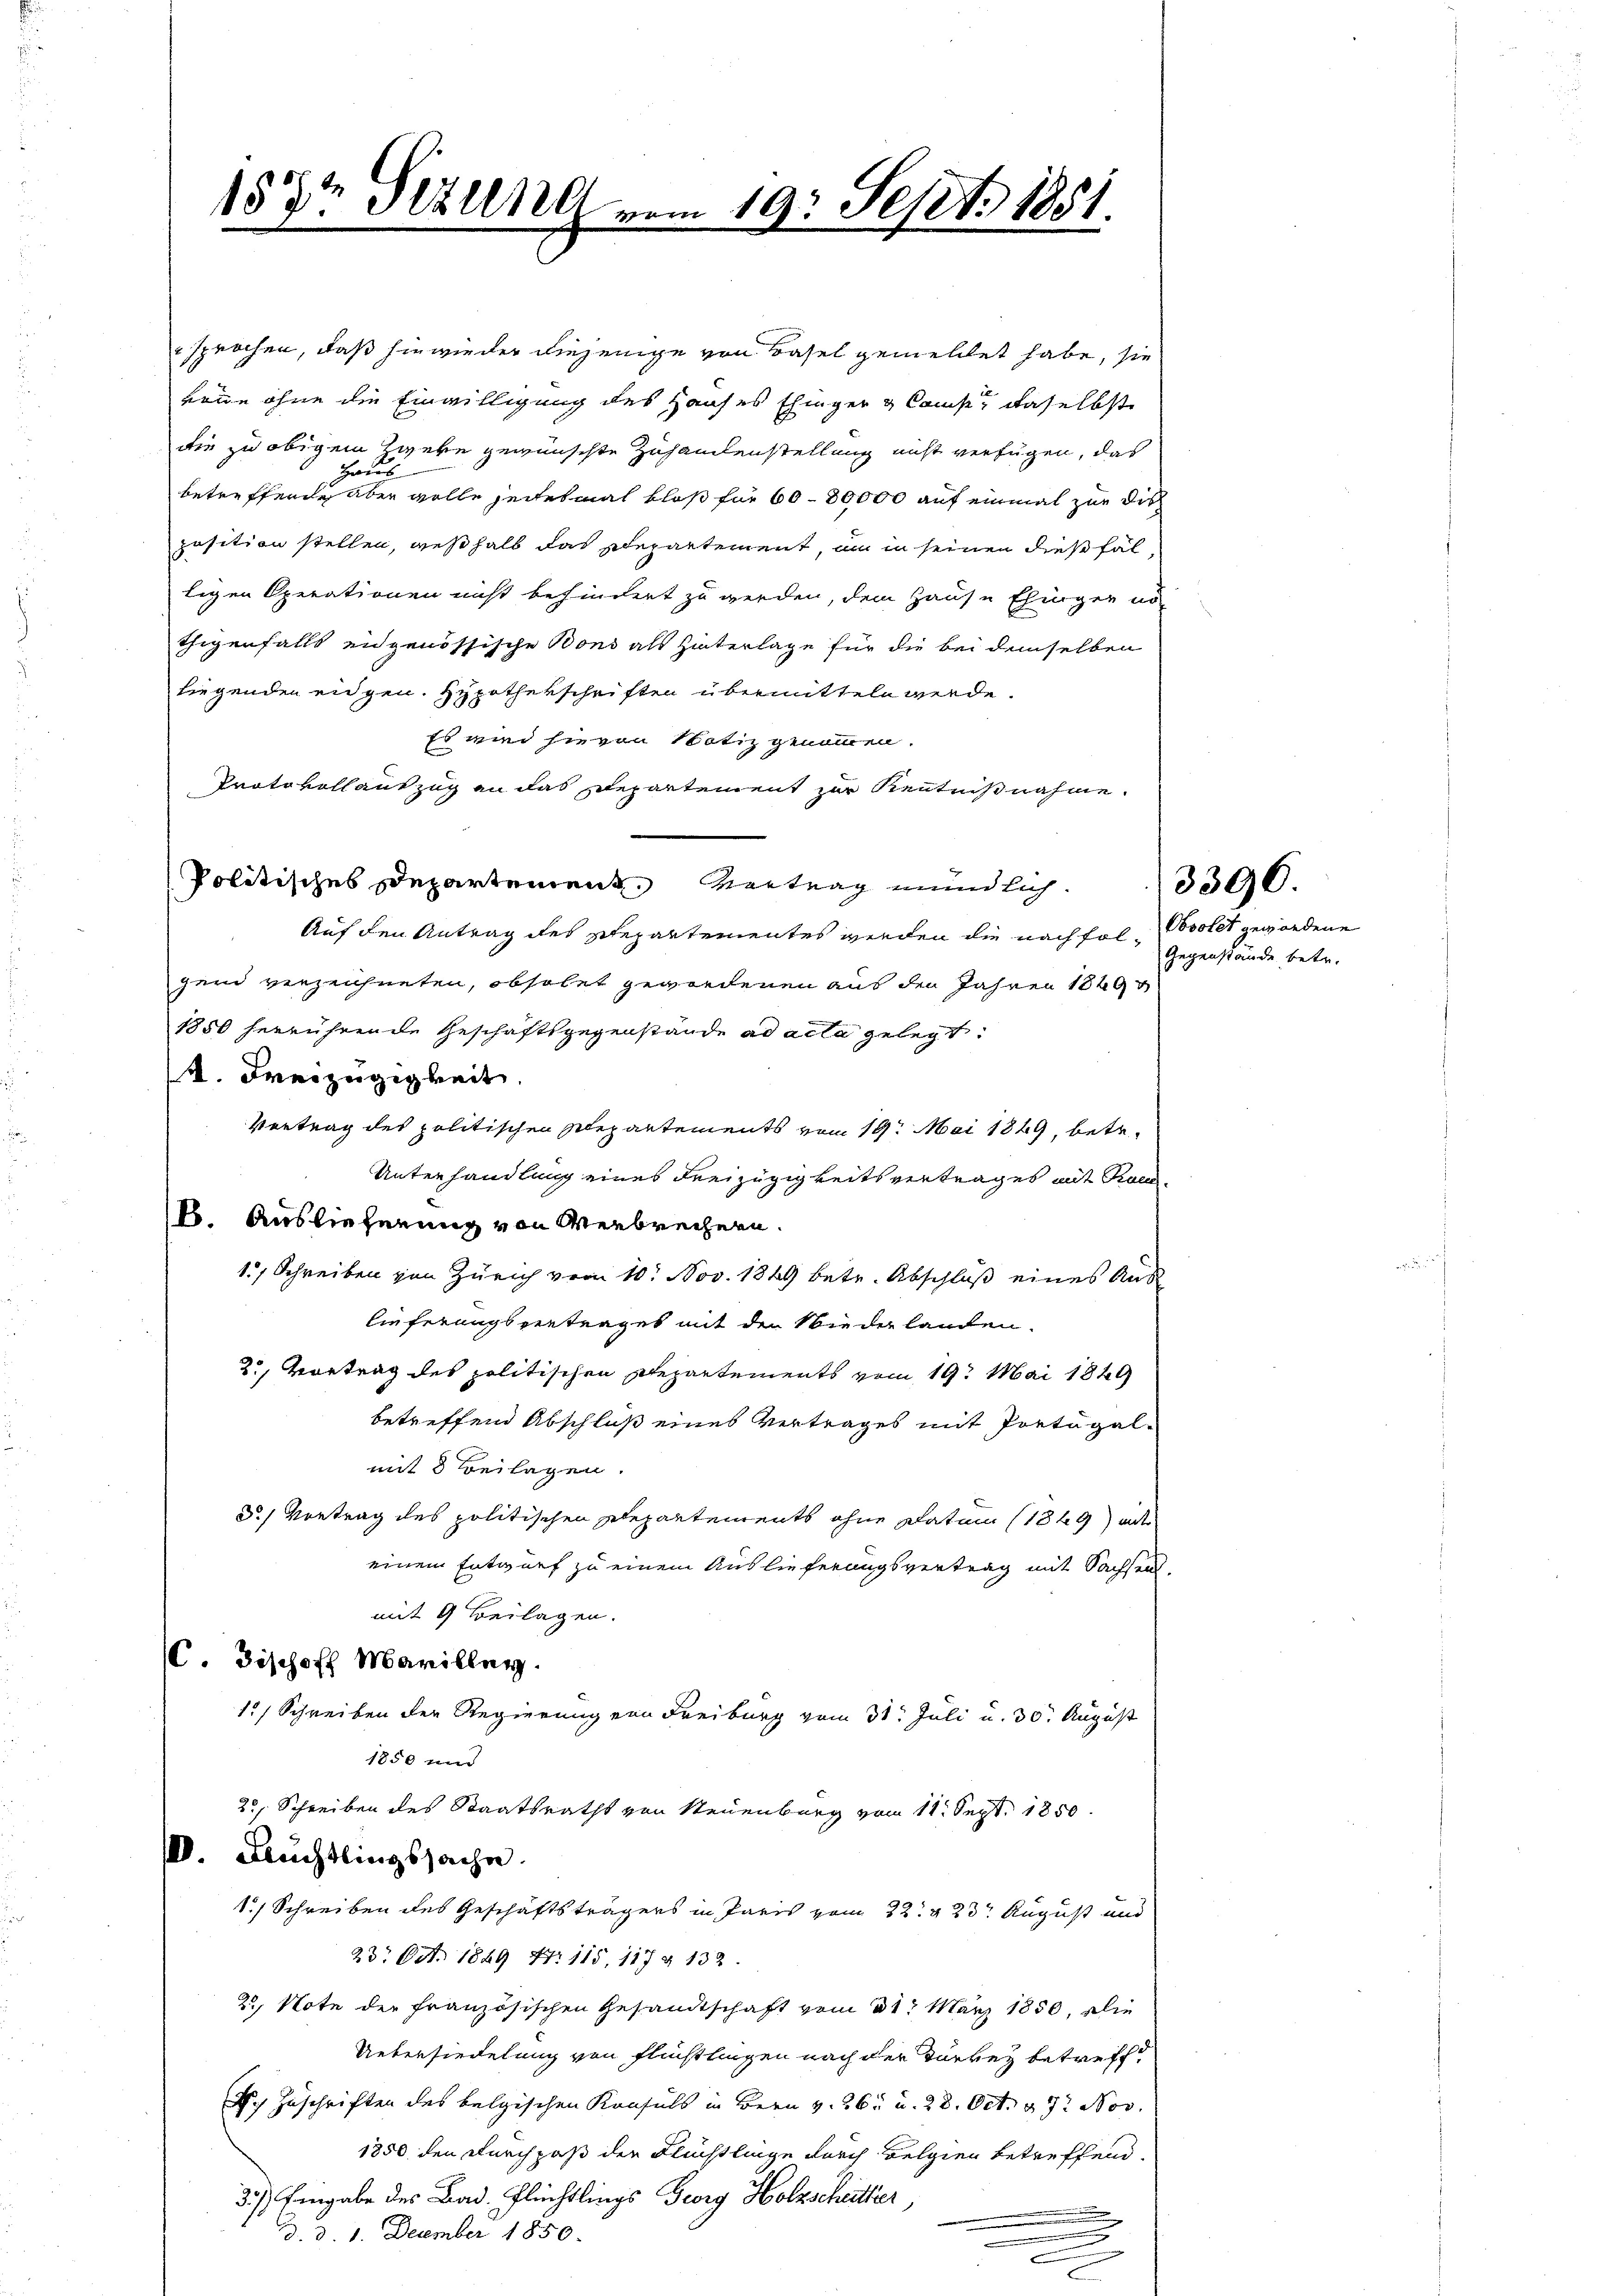
157t Sitzung vom 19. Sept. 1881.

sprochen, daß sie wieder diejenige von Basel gemellet habe, sie
rende ohne die Einwilligung des Hauses Einger & Camp, daselbst
die zu obigem Zweke gewünschte Zusamenstellung nicht verfügen, das
Haus
betreffende aber wolle seitesmal bloß für 60 - 80000 auf einmal zur Dis
position stellen, weßhalb das Departement, um in seinen dießfältigen Operationen nicht behindert zu werden, dem Hause Ehinger und
thigenfalls eidgenössische Bons als Hinterlage für die bei demselben
liegenden eidgen. Hypothekschriften übermitteln werde.
Es wird hievon Notiz genommen.
Protokoll auszug an das Departement zur Kenntnißnahme.
Politisches Departement. Vertrag mündlich.
Auf den Antrag des Departementes werden die nachfolgend verzeichneten, obsolet gewordenen aus den Jahren 1849
1850 herrührende Geschaftsgegenstände ad acta gelegt.
. Dreizügigkeit
Vertrag des politischen Stepantements vom 19. Mai 1849, betr.
Unterhandlung eines Freizügigkeitsvertrages mit Roe¬
18. Auslieferung von Verbrechern.
1, Schreiben von Zürich vom 10. Nov. 1849 betr. Abschluß eines Auslieferungsvertrages mit den Wiederlanden.
2., Vortrag des politischen Departements vom 19. Mai 1849
betreffend Abschluß eines Vertrages mit Portugalmit 8 Beilagen.
3.) Vortrag des politischen Departements ohne Datum (1849) mit
einem Entwurf zu einem Auslieferungsvertrag mit Sachsen,
mit 9 Beilagen.
(. Bischoff Mariller.
12) Schreiben der Regierung von Freiburg vom 31. Juli u. 30. August
1850 und
25, Schreiben des Staatsraths von Neuenburg vom 11. Sept. 1850
V. Auchtlingssache.
1.) Schreiben des Geschäftsträgers in Paris vom 22. v. 23t August und
23. Oct. 1849 N. 115, 117 § 132
25. Note der französischen Gesandtschaft vom 31. März 1850, die
Uebersiedelung von Flüchtlingen nach der Darkez betreff¬
V. Zuschriften des belgischen Konsuls in Bern v. 261 u. 28. Oct. 17. Nov.
1850 den Durchpaß der Flüchtlinge durch Belgien betreffend
3.) Eingabe des Bad. Flüchtlings Georg Holzschütter,
.
d. d. 1. December 1850.
.

Obsolet gewordene
Gegenstände betr.

3396.